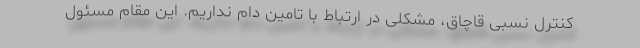
کنترل نسبی قاچاق، مشکلی در ارتباط با تامین دام نداریم. این مقام مسئول